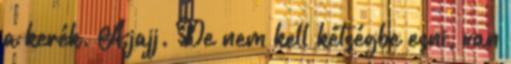
a kerék. Ajajj. De nem kell kétségbe esni, van